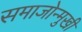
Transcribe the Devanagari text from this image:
समाजोन्मुखी